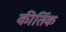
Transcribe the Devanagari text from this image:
कीर्तिक